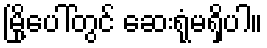
မြို့ပေါ်တွင် ဆေးရုံမရှိပါ။